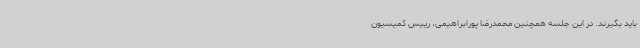
باید بگیرند. در این جلسه همچنین محمدرضا پورابراهیمی، رییس کمیسیون